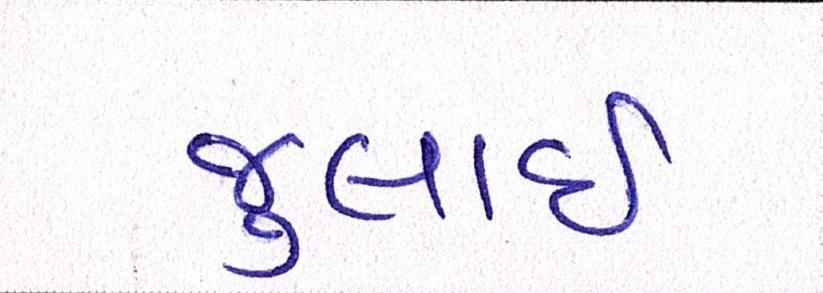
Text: જુલાઇ